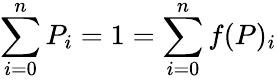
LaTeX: \sum_{i=0}^{n}{P_{i}}=1=\sum_{i=0}^{n}{f(P)_{i}}